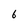
Character: 6